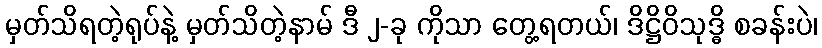
မှတ်သိရတဲ့ရုပ်နဲ့ မှတ်သိတဲ့နာမ် ဒီ ၂-ခု ကိုသာ တွေ့ရတယ်၊ ဒိဋ္ဌိဝိသုဒ္ဓိ စခန်းပဲ၊